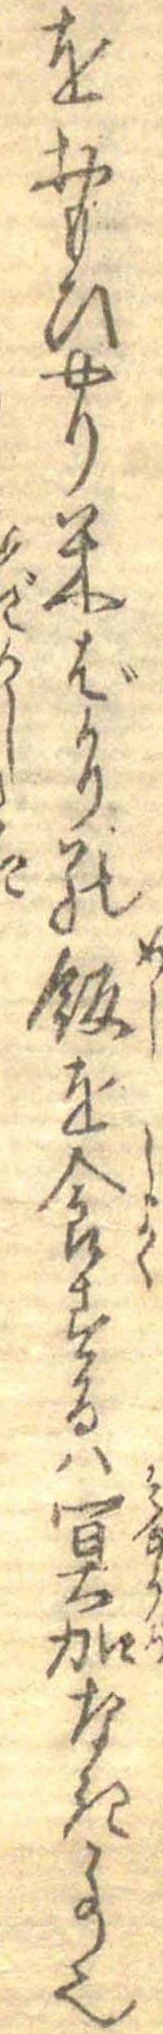
をおもひやり米ばかりの飯を食するは冥加なき事也